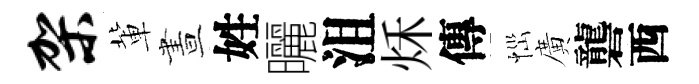
架軰晝姓曬沮秌傳𢙉廣礱西